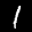
Label: 1